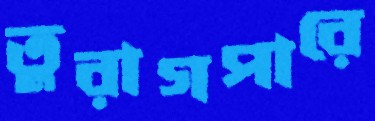
তুরাগপারে